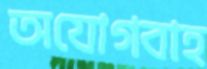
অযোগবাহ